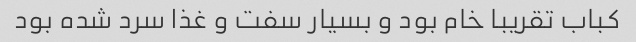
کباب تقریبا خام بود و بسیار سفت و غذا سرد شده بود